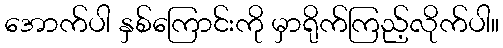
အောက်ပါ နှစ်ကြောင်းကို မှာရိုက်ကြည့်လိုက်ပါ။